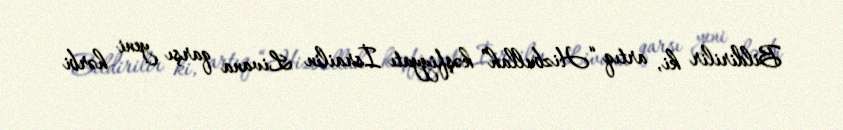
Bildirilir ki, artıq “Hizbullah” kəşfiyyatı İsrailin Livana qarşı yeni hərbi